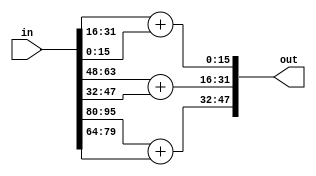

`timescale 1ns /1ns

module adder_tree6(in, out);

input signed [6 * 16 - 1 : 0] in;
output signed [3 * 16 - 1 : 0] out;

genvar i;
generate
    for ( i = 0; i < 3 ; i = i + 1) begin
        assign out[16 * i +: 16] = in[16 * (2*i + 1) +: 16] + in[16 * (2*i) +: 16];
    end
endgenerate
endmodule